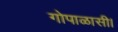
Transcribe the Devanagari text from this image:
गोपाळासी।